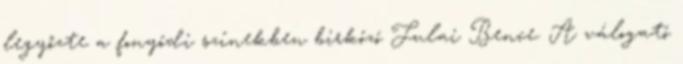
legyőzte a fonyódi színekben birkózó Fulai Bence. A válogató